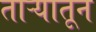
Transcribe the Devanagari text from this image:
ताऱ्यातून